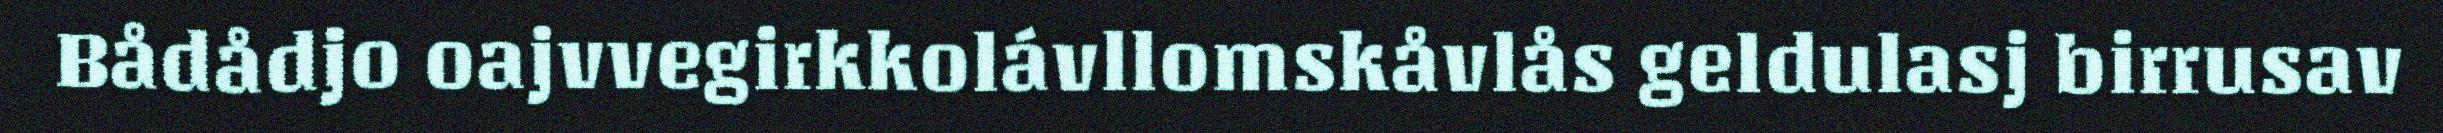
Bådådjo oajvvegirkkolávllomskåvlås geldulasj birrusav